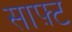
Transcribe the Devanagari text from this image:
साफ़्ट